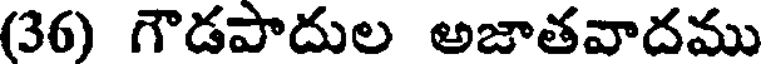
(36) గౌడపాదుల అజాతవాదము